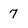
Character: 7